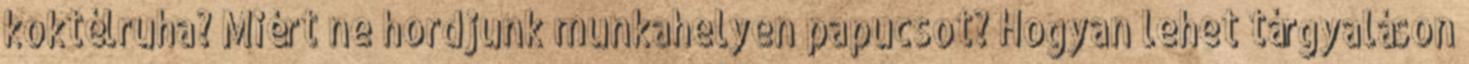
koktélruha? Miért ne hordjunk munkahelyen papucsot? Hogyan lehet tárgyaláson